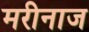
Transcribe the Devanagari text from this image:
मरीनाज